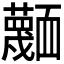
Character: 𮓅